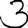
Digit: 3